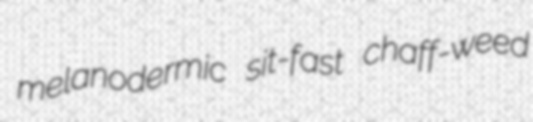
melanodermic sit-fast chaff-weed